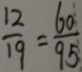
\frac { 1 2 } { 1 9 } = \frac { 6 0 } { 9 5 }